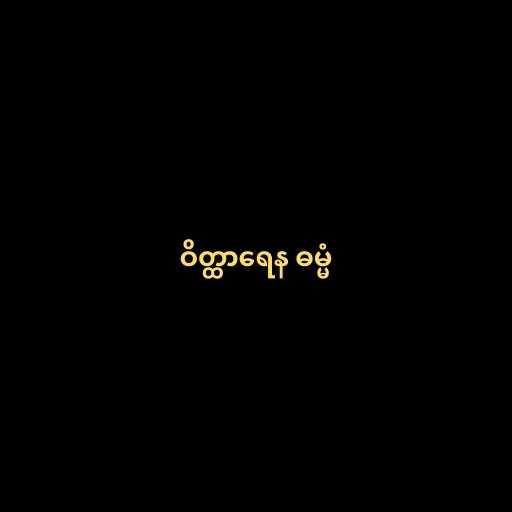
ဝိတ္ထာရေန ဓမ္မံ